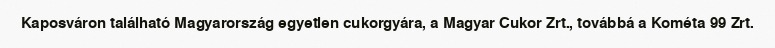
Kaposváron található Magyarország egyetlen cukorgyára, a Magyar Cukor Zrt., továbbá a Kométa 99 Zrt.